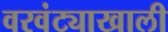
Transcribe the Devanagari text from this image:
वरवंट्याखाली